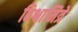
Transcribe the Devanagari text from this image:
विश्वामित्रे